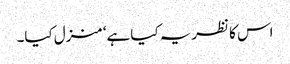
اس کا نظریہ کیا ہے‘ منزل کیا۔